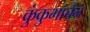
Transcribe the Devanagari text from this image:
कुंकुमार्चन